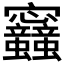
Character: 𡬛